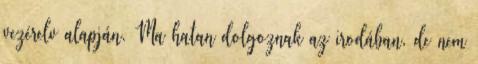
vezérelv alapján. Ma hatan dolgoznak az irodában, de nem